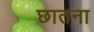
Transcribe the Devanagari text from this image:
छातना